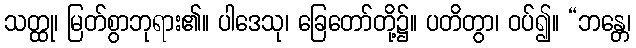
သတ္ထု၊ မြတ်စွာဘုရား၏။ ပါဒေသု၊ ခြေတော်တို့၌။ ပတိတွာ၊ ဝပ်၍။ “ဘန္တေ၊